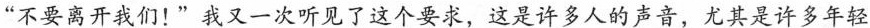
“不要离开我们!”我又一次听见了这个要求，这是许多人的声音，尤其是许多年轻